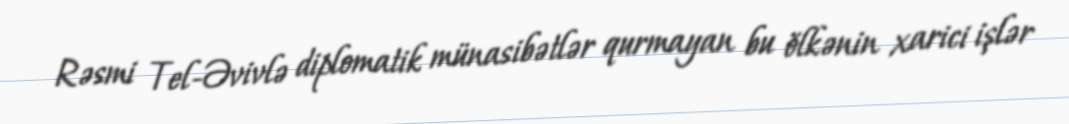
Rəsmi Tel-Əvivlə diplomatik münasibətlər qurmayan bu ölkənin xarici işlər